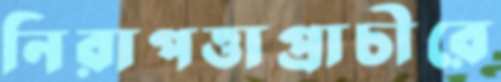
নিরাপত্তাপ্রাচীরে